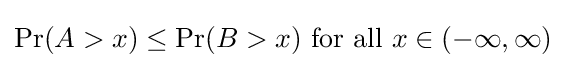
\Pr(A>x)\leq \Pr(B>x){\text{ for all }}x\in (-\infty ,\infty )